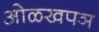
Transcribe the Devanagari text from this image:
ओळखपञ